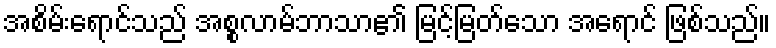
အစိမ်းရောင်သည် အစ္စလာမ်ဘာသာ၏ မြင့်မြတ်သော အရောင် ဖြစ်သည်။